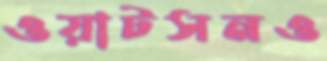
ওয়াটসনও